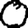
Digit: 0